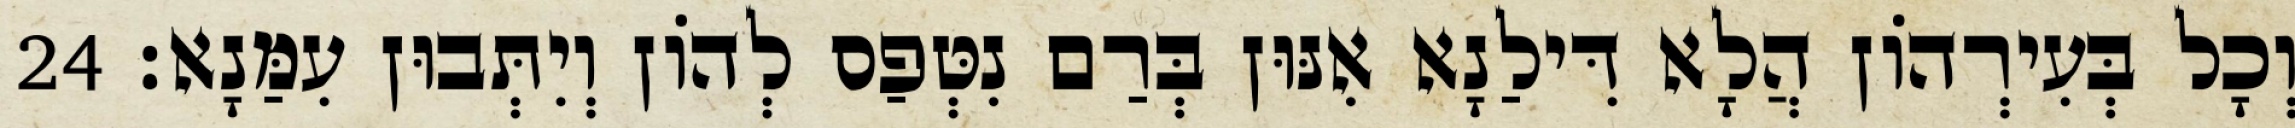
וְכָל בְּעִירְהוֹן הֲלָא דִּילַנָא אִנּוּן בְּרַם נִטְּפַס לְהוֹן וְיִתְּבוּן עִמַּנָא׃ 24